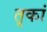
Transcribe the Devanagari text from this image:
तृकां